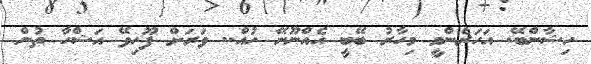
ހިޝާންބޭ. އަހަރެންމީ މިހާރު ބޭބީ އެއްނޫނޭ ހުއް.. ވަރަށް ފޫހިވޭ އަޝްހާ ތުން